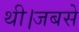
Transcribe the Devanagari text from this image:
थी।जबसे